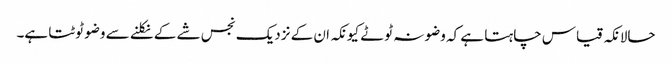
حالانکہ قیاس چاہتا ہے کہ وضو نہ ٹوٹے کیونکہ ان کے نزدیک نجس شے کے نکلنے سے وضو ٹوٹتا ہے۔